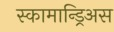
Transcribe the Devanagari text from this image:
स्कामान्ड्रिअस